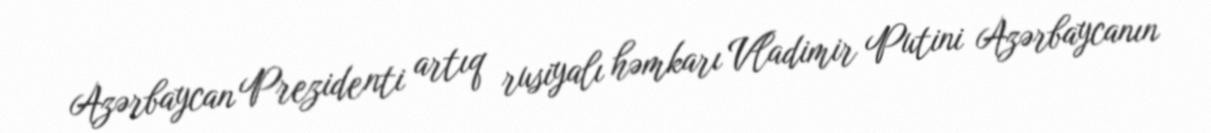
Azərbaycan Prezidenti artıq rusiyalı həmkarı Vladimir Putini Azərbaycanın